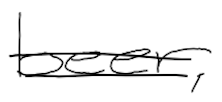
Text: beer,
Cross-out: double-line
Writing tool: digital_black